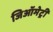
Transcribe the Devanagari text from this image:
जिऑमेट्री